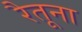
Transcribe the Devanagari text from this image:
रैतूना